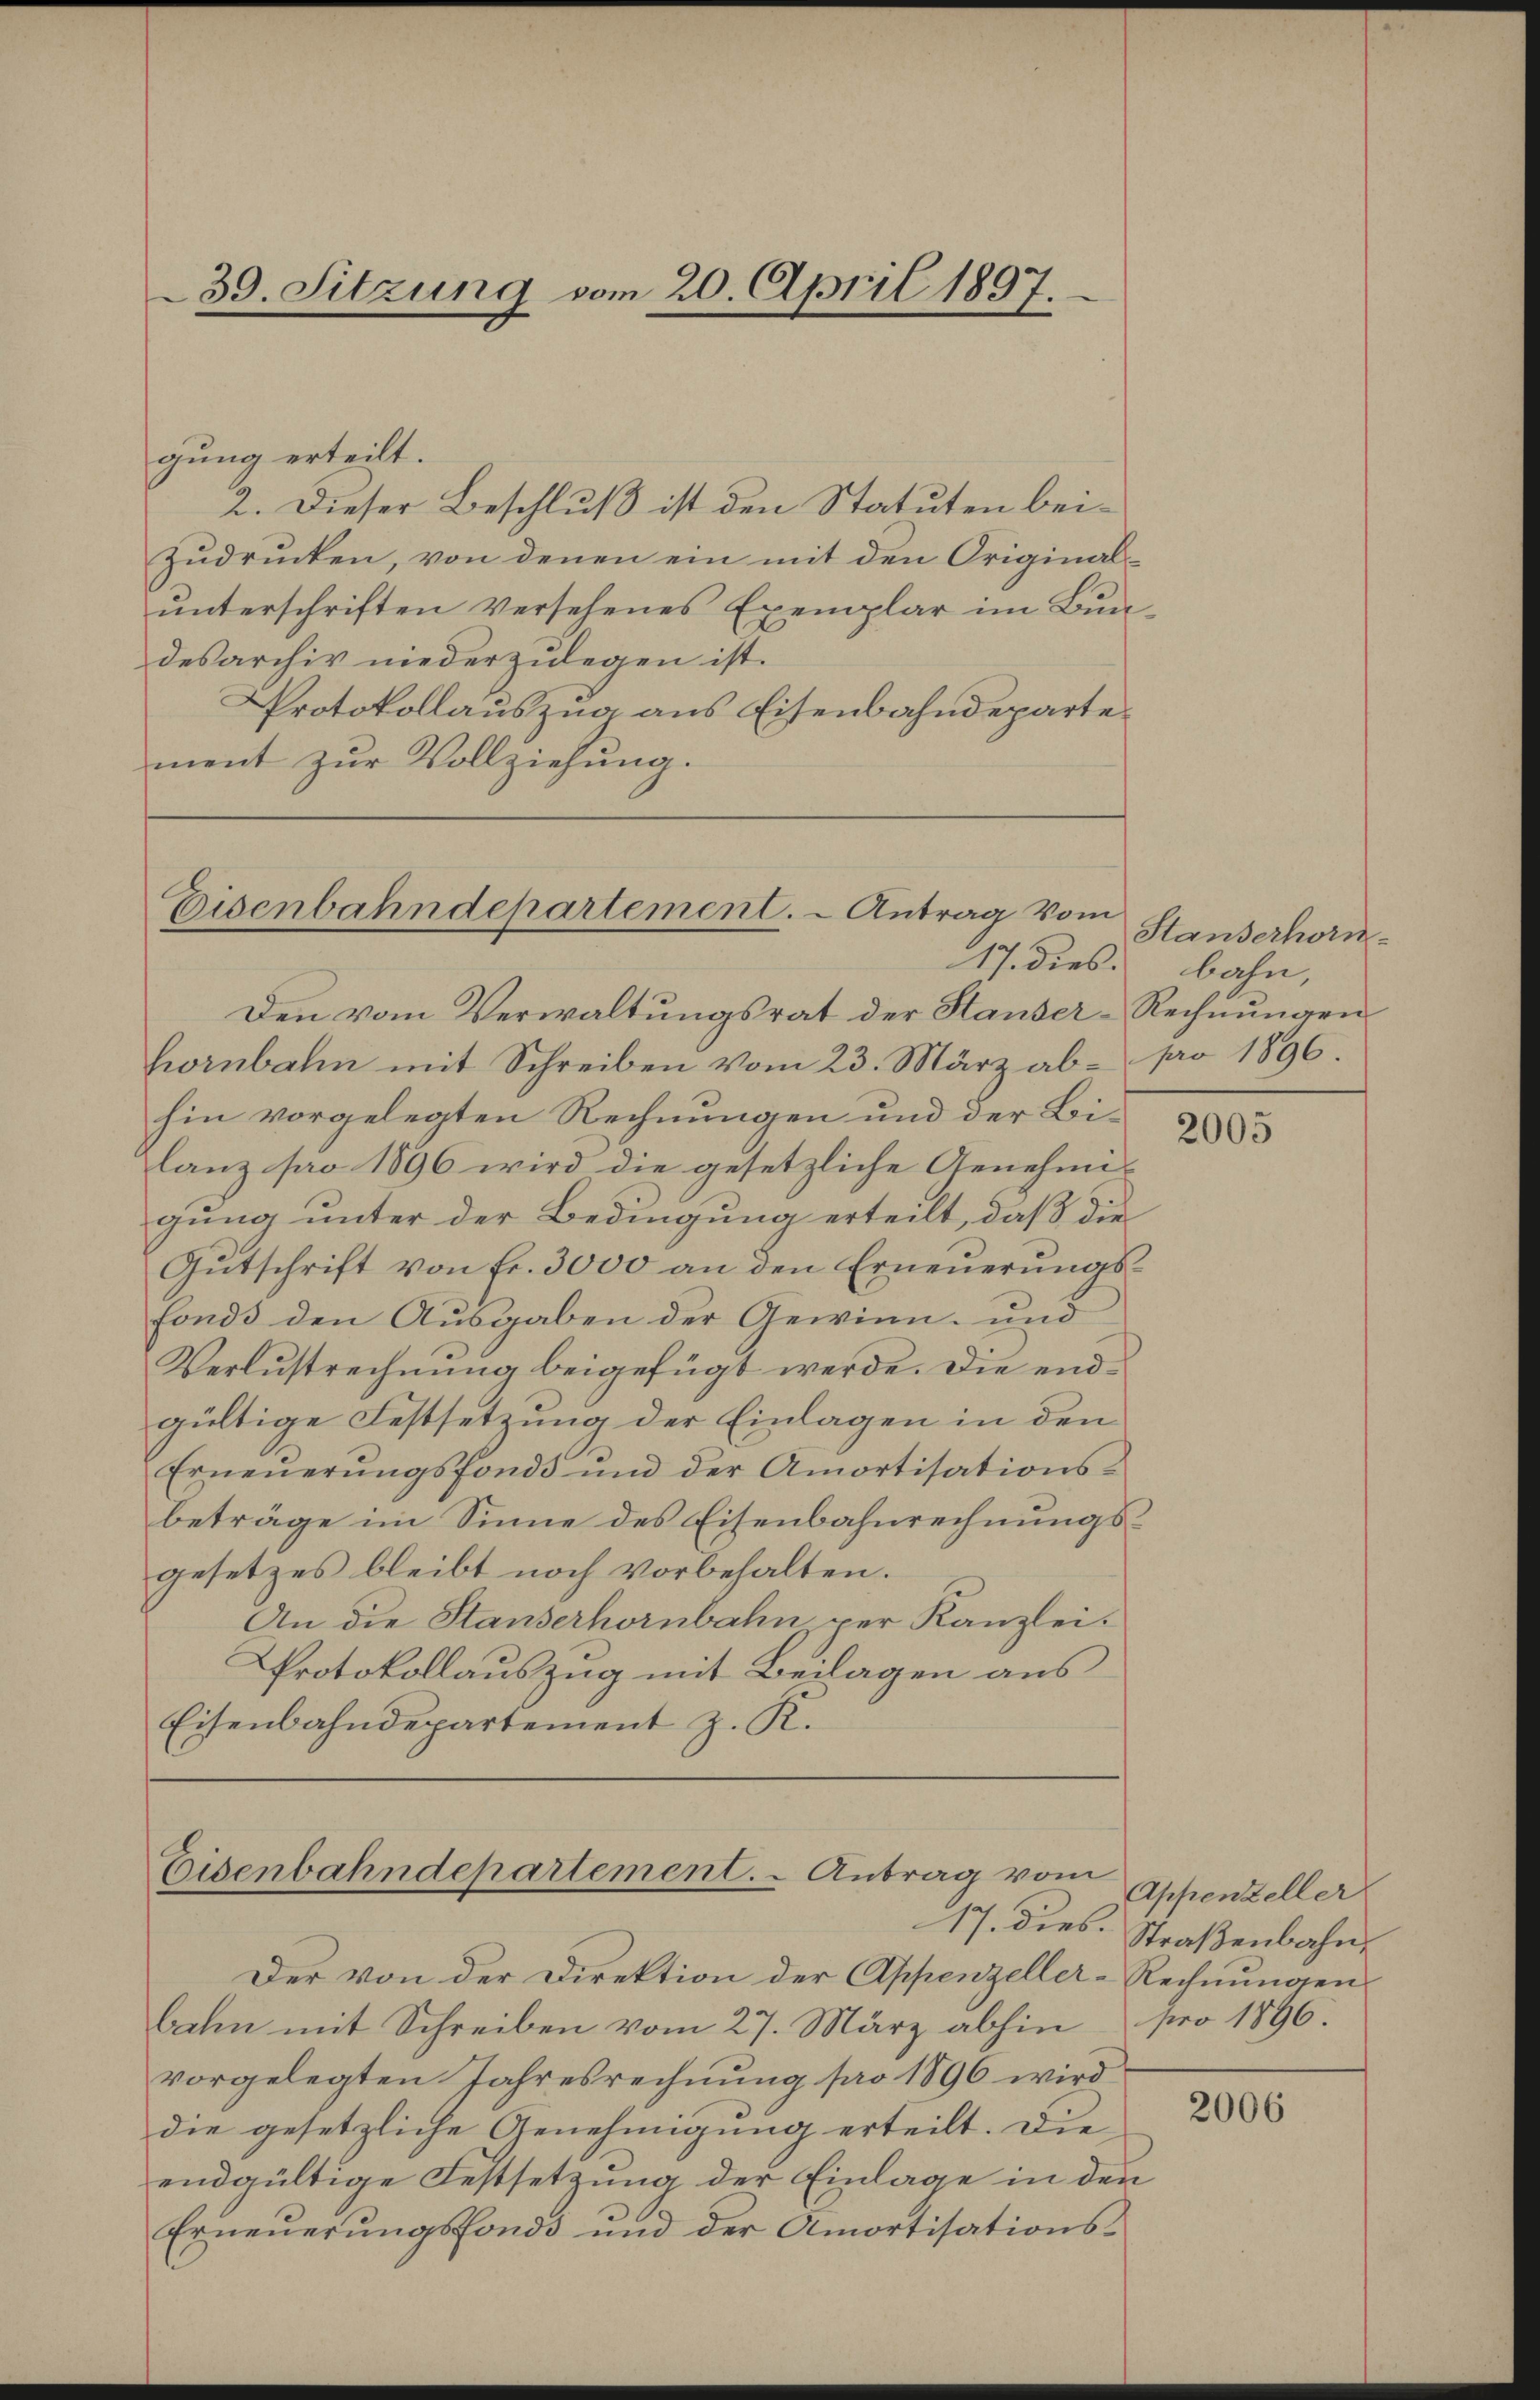
39. Sitzung vom 20. April 1897.

gung erteilt.
2. Dieser Beschluß ist den Statuten bei¬
Zudrucken, von denen ein mit den Originalunterschriften versehenes Exemplar im Bundesarchiv niederzulegen ist.
Protokollauszug aus Eisenbahndeparte
ment zur Vollziehung.

Eisenbahndepartement. - Antrag vom
17. dies bahn,

Den vom Verwaltungsrat der Hauser-Rechnungen
hornbahn mit Schreiben vom 23. März ab- pro 1896.
hin vorgelegten Rechnungen und der Beilanz pro 1896 wird die gesetzliche Genehmis
gung unter der Bedingung erteilt, daß die
Gutschrift von Fr. 3000 an den Erneuerungsfonds den Ausgaben der Gewinn- und
Verlustrechnung beigefügt werde. Die endgültige Festsetzung der Einlagen in den
Erneŭerŭngsfonds und der Amortisationsbeträge im Sinne des Eisenbahnrechnungsgesetzes bleibt noch vorbehalten.
An die Standerhornbahn der Kanzlei.
Protokollauszug mit Beilagen aus
Eisenbahndepartement z. R.

Eisenbahndepartement. - Antrag vom

Der von der Direktion der Appenzeller-Rechnungen
bahn mit Schreiben vom 27. März abhin pro 1896.
vorgelegten Jahresrechnung pro 1896 wird
die gesetzliche Genehmigung erteilt. Die
endgültige Festsetzung der Einlage in den
Erneŭerŭngsfonds und der Amortisations-

Standerhorn

2005

Appenzeller
17. dies. Straßenbahn,

2006